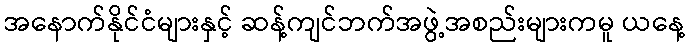
အနောက်နိုင်ငံများနှင့် ဆန့်ကျင်ဘက်အဖွဲ့အစည်းများကမူ ယနေ့